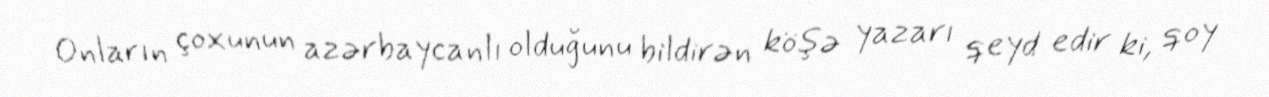
Onların çoxunun azərbaycanlı olduğunu bildirən köşə yazarı qeyd edir ki, qoy